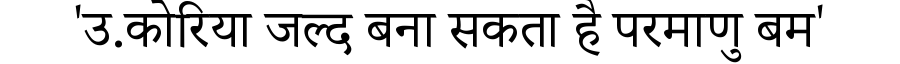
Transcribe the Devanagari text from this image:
'उ.कोरिया जल्द बना सकता है परमाणु बम'